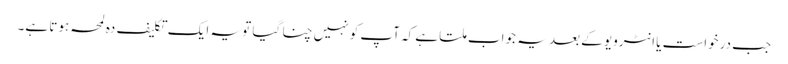
جب درخواست یا انٹرویو کے بعد یہ جواب ملتا ہے کہ آپ کو نہیں چنا گیا تو یہ ایک تکلیف دہ لمحہ ہوتا ہے۔